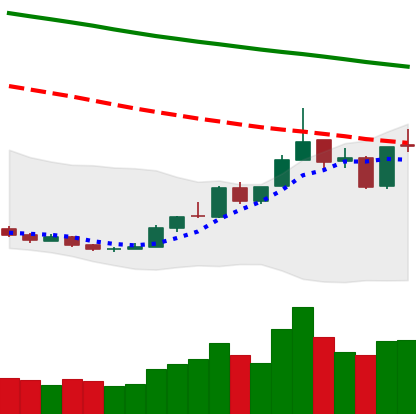
Ticker: ETH-USD
Chart end date: 2018-12-29
Forward return: 8.054%
Label: up_7plus